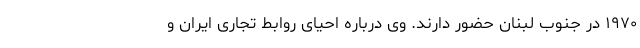
۱۹۷۰ در جنوب لبنان حضور دارند. وی درباره احیای روابط تجاری ایران و